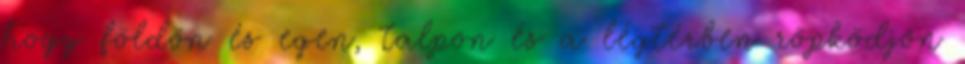
hogy földön és egen, talpon és a légtérben röpködjön